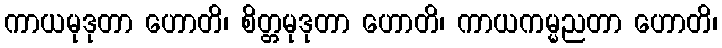
ကာယမုဒုတာ ဟောတိ၊ စိတ္တမုဒုတာ ဟောတိ၊ ကာယကမ္မညတာ ဟောတိ၊